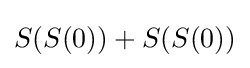
S(S(0))+S(S(0))